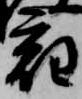
宿